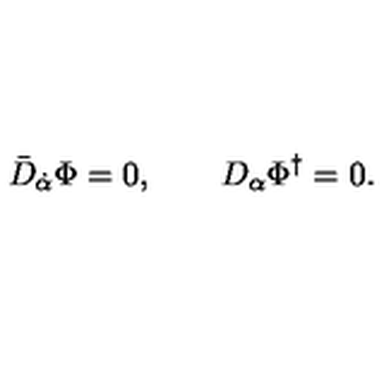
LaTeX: \bar { D } _ { \dot { \alpha } } \Phi = 0 , \qquad D _ { \alpha } \Phi ^ { \dagger } = 0 .